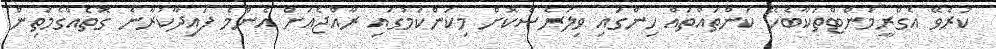
ކުރެވޭ އެގްރީމަންޓްތަކާބެހޭ ކަންތައްތައް ހިންގައި ވިލަރެސްކޮށް މިކަންކަމުގައި ރާއްޖެއަށް އެންމެ ފައިދާކުރާނެ ގޮތެއްގެމަތިން